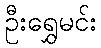
ဦးရွှေမင်း